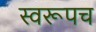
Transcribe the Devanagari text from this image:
स्वरूपच